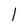
Character: l